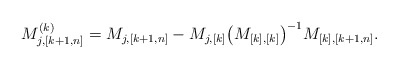
\begin{align*} M^{(k)}_{j,[k+1,n]}= M_{j,[k+1,n]} -M_{j,[k]} \big(M_{[k],[k]} \big)^{-1} M_{[k], [k+1,n]}.\end{align*}